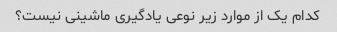
کدام یک از موارد زیر نوعی یادگیری ماشینی نیست؟